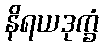
နိရယဒုက္ခံ